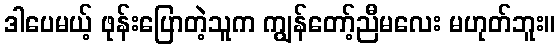
ဒါပေမယ့် ဖုန်းပြောတဲ့သူက ကျွန်တော့်ညီမလေး မဟုတ်ဘူး။